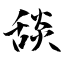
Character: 舕